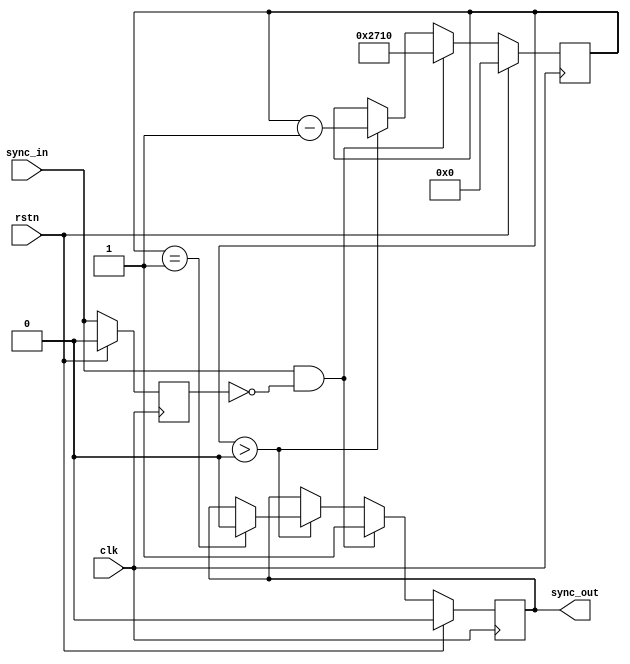
module dma_tdd_sync (
  input                   clk,
  input                   rstn,
  input                   sync_in,
  output  reg             sync_out
);

  parameter PULSE_WIDTH = 10000;  // Duration of sync_out pulse in clock cycles

  reg [31:0] counter;  // Counter for pulse width
  reg sync_in_d;       // Delayed version of sync_in to detect rising edge

  // output logic
  assign sync_external = sync_in;
  always @(posedge clk) begin
        if (rstn) begin
            sync_out <= 0;
            counter <= 0;
            sync_in_d <= 0;
        end 
        else begin
            sync_in_d <= sync_in;
            if (sync_in && !sync_in_d) begin
                // sync_in rising edge detected
                sync_out <= 1;
                counter <= PULSE_WIDTH;
            end 
            else if (counter > 0) begin
                counter <= counter - 1;
                if (counter == 1) begin
                    sync_out <= 0;
                end
            end
        end
    end


endmodule